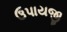
ઉપાયજી